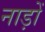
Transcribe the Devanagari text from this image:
नाड़ों